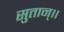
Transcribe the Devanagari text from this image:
सुतान्।।